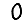
Digit: 0